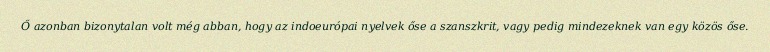
Ő azonban bizonytalan volt még abban, hogy az indoeurópai nyelvek őse a szanszkrit, vagy pedig mindezeknek van egy közös őse.